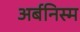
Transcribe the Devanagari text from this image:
अर्बनिस्म